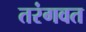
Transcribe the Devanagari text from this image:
तरंगवत